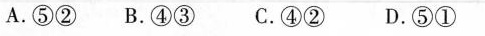
A.⑤②B.④③C.④②D.⑤①